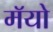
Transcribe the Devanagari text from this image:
मॅयो